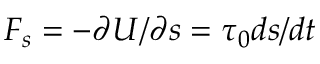
F _ { s } = - \partial U / \partial s = \tau _ { 0 } d s / d t